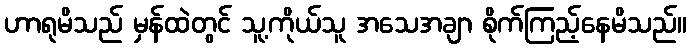
ဟာရုမိသည် မှန်ထဲတွင် သူ့ကိုယ်သူ အသေအချာ စိုက်ကြည့်နေမိသည်။